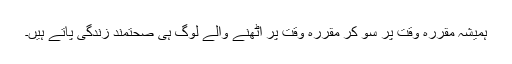
ہمیشہ مقررہ وقت پر سو کر مقررہ وقت پر اٹھنے والے لوگ ہی صحتمند زندگی پاتے ہیں۔